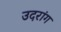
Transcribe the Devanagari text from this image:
उदरांग